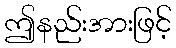
ဤနည်းအားဖြင့်